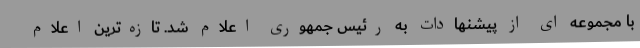
با مجموعه ای از پیشنهادات به رئیس جمهوری اعلام شد. تازه‌ترین اعلام